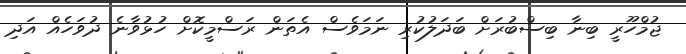
ޖުމްހޫރީ ބިނާ ބިސްބުރަށް ބަދަލުކުރި ނަމަވެސް އެތަން ރަސްމީކޮށް ހުޅުވާނެ ދުވަހެއް އަދި